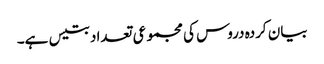
بیان کردہ دروس کی مجموعی تعداد بتیس ہے۔